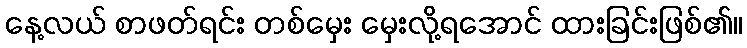
နေ့လယ် စာဖတ်ရင်း တစ်မှေး မှေးလို့ရအောင် ထားခြင်းဖြစ်၏။